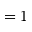
= 1